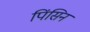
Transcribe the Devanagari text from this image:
पिंसिन